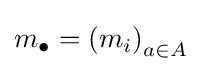
m_{\bullet }=\left(m_{i}\right)_{a\in A}